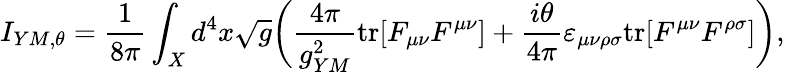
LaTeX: I_{YM,\theta}={\frac{1}{8\pi}}\int_{X}d^{4}x\sqrt{g}\bigg({\frac{4\pi}{g_{YM}^{2}}}\mathrm{tr}[F_{\mu\nu}F^{\mu\nu}]+{\frac{i\theta}{4\pi}}\varepsilon_{\mu\nu\rho\sigma}\mathrm{tr}[F^{\mu\nu}F^{\rho\sigma}]\bigg),